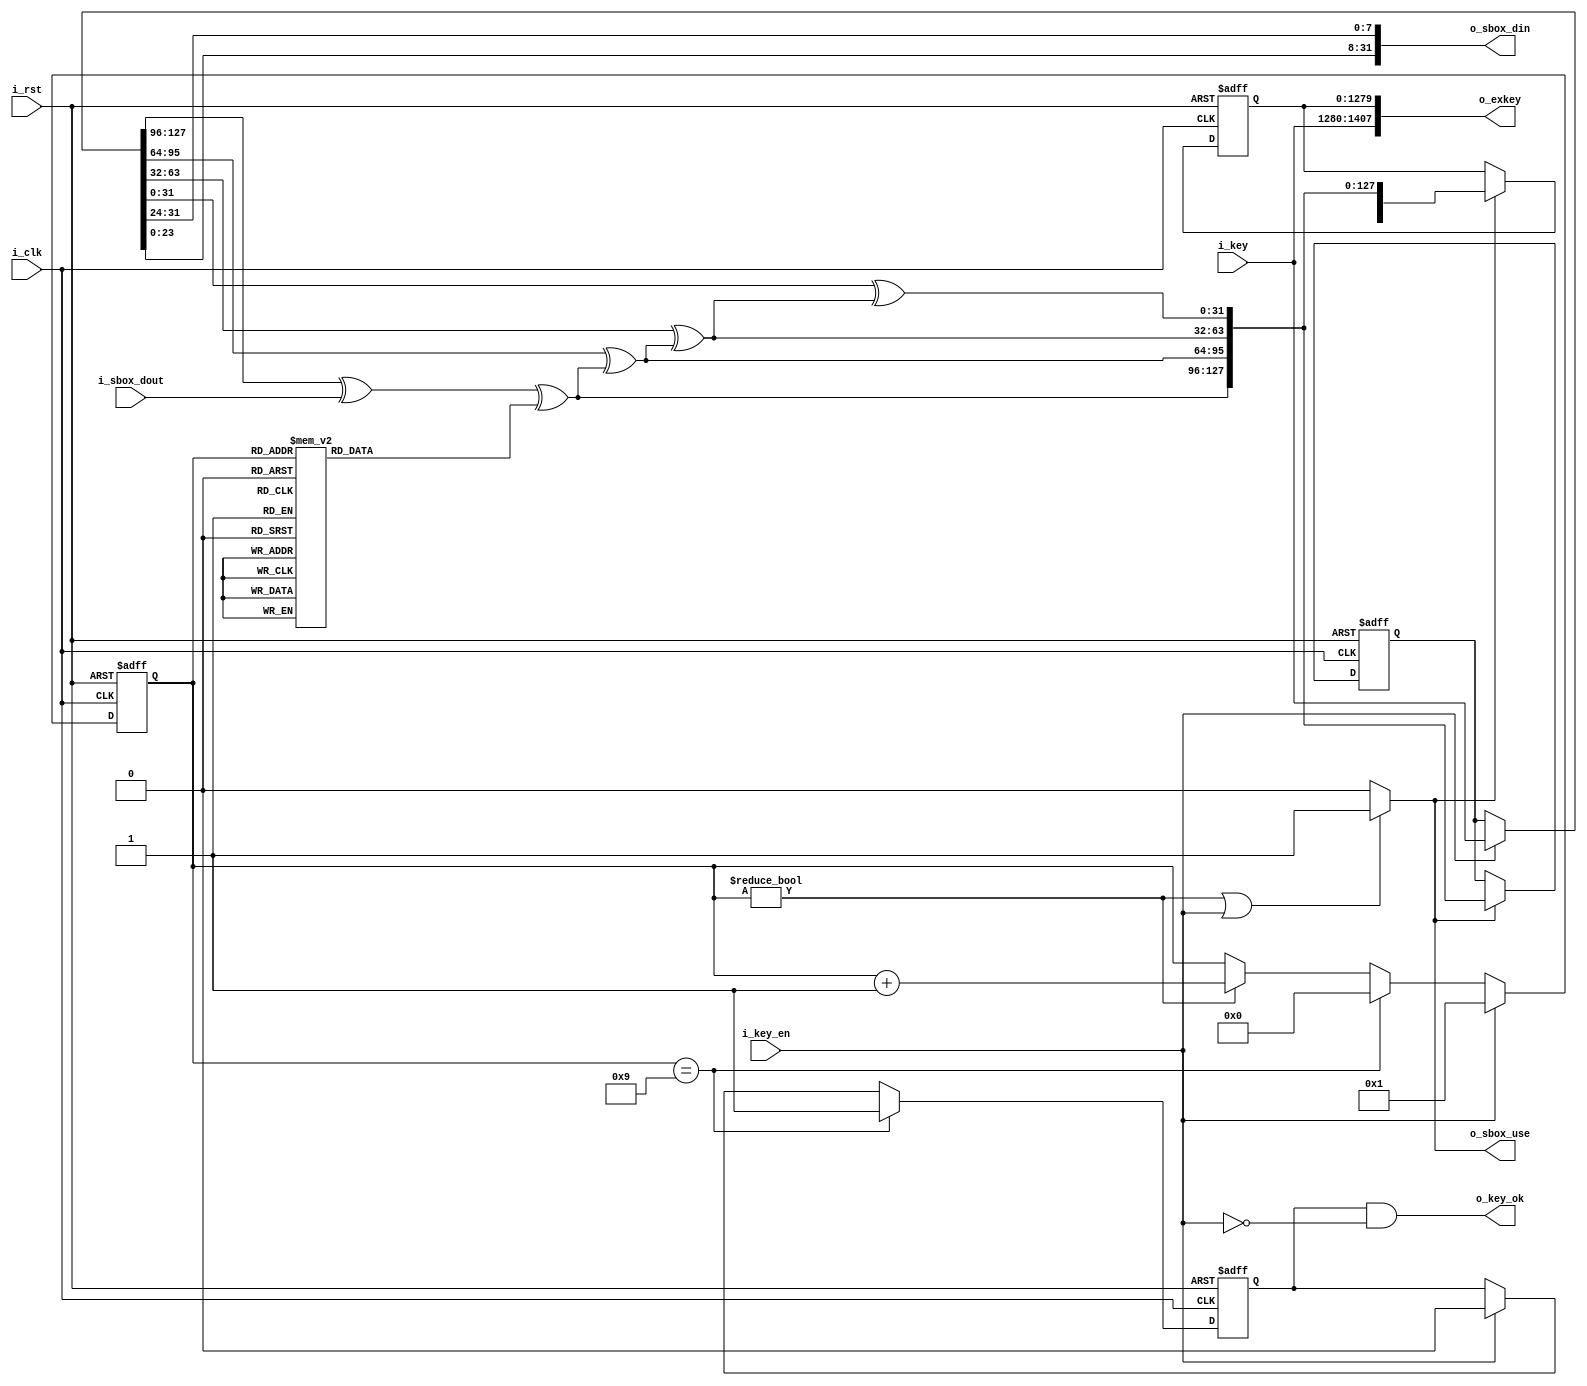
// This program was cloned from: https://github.com/NYU-MLDA/OpenABC
// License: BSD 3-Clause "New" or "Revised" License

/*  
Copyright 2019 XCrypt Studio                
																	 
Licensed under the Apache License, Version 2.0 (the "License");         
you may not use this file except in compliance with the License.        
You may obtain a copy of the License at                                 
																	 
 http://www.apache.org/licenses/LICENSE-2.0                          
																	 
Unless required by applicable law or agreed to in writing, software    
distributed under the License is distributed on an "AS IS" BASIS,       
WITHOUT WARRANTIES OR CONDITIONS OF ANY KIND, either express or implied.
See the License for the specific language governing permissions and     
limitations under the License.                                          
*/  

// ------------------------------------------------------------------------------
// Function         :   AES-128 Cryptographic Algorithm Core Caculate Round KEY 
// ------------------------------------------------------------------------------
// Version            v-1.0
// ------------------------------------------------------------------------------

module aes128_keyex(
	input 				i_clk,
	input 				i_rst,
	input  [127:0]	 	i_key,		//key
	input 				i_key_en,	//key init flag
	output [128*11-1:0]	o_exkey,  	//round key
	output 				o_key_ok,  	//key init ok
	output				o_sbox_use,
	output [31:0]		o_sbox_din,
	input  [31:0]		i_sbox_dout
	);
	
	localparam DLY = 1;
	
	wire   [127:0]	s_key;
	reg    [127:0]	r_key;
	reg	  [1279:0]	r_exkey;
	reg 	[3:0]	r_count;
	reg 			r_key_ok;
	wire 			s_busy;
	wire 	[127:0]	s_exk;
	reg 	[31:0]	r_rcon;
	
	//round left shift
	function [31:0] ROL;
		input [31:0] D;
		begin
			ROL = {D[23:0],D[31:24]};
		end
	endfunction
	
	always@(*) begin
		case(r_count) 
			4'd0: r_rcon = 32'h01000000;
			4'd1: r_rcon = 32'h02000000;
			4'd2: r_rcon = 32'h04000000;
			4'd3: r_rcon = 32'h08000000;
			4'd4: r_rcon = 32'h10000000;
			4'd5: r_rcon = 32'h20000000;
			4'd6: r_rcon = 32'h40000000;
			4'd7: r_rcon = 32'h80000000;
			4'd8: r_rcon = 32'h1B000000;
			4'd9: r_rcon = 32'h36000000;
			default: r_rcon = 32'b0;
		endcase
	end
	
	assign s_key = i_key_en ? i_key : r_key;
	//left shift 1|2 bits
	assign o_sbox_use = s_busy;
	assign o_sbox_din = ROL(s_key[31:0]);
	//
	assign s_exk[127:96] = s_key[127:96]^i_sbox_dout^r_rcon;
	assign s_exk[95:64] = s_key[95:64]^s_exk[127:96];
	assign s_exk[63:32] = s_key[63:32]^s_exk[95:64];
	assign s_exk[31:0] = s_key[31:0]^s_exk[63:32];
	
	always@(posedge i_clk or posedge i_rst) begin
		if(i_rst)
			r_key <= #DLY 128'b0;
		else if(s_busy)
			r_key <= #DLY s_exk;
	end	
	
	always@(posedge i_clk or posedge i_rst) begin
		if(i_rst) begin
			r_exkey <= #DLY 1280'b0;
		end else if(s_busy)begin
			r_exkey <= #DLY {r_exkey[128*9-1:0],s_exk};
		end
	end	
	
	always@(posedge i_clk or posedge i_rst) begin
		if(i_rst)
			r_count <= #DLY 4'd0;
		else if(i_key_en)
			r_count <= #DLY 4'd1;
		else if(r_count ==4'd9)
			r_count <= #DLY 4'd0;
		else if(r_count!=4'd0)
			r_count <= #DLY r_count + 4'd1;
	end
	
	assign s_busy = ((r_count!=5'd0)||(i_key_en==1'b1)) ? 1'b1 : 1'b0;
	
	always@(posedge i_clk or posedge i_rst) begin
		if(i_rst)
			r_key_ok <= #DLY 1'b0;
		else if(r_count==4'd9)
			r_key_ok <= #DLY 1'b1;
		else if(i_key_en==1'b1)
			r_key_ok <= #DLY 1'b0;
	end

	assign o_key_ok = r_key_ok&(~i_key_en);
	assign o_exkey = {i_key,r_exkey};	
	
endmodule